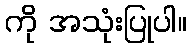
ကို အသုံးပြုပါ။